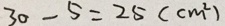
3 0 - 5 = 2 5 ( c m ^ { 2 } )